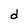
Character: d